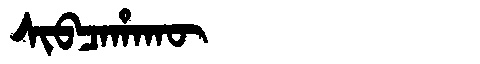
Manchu: ᠰᡳᠪᠴᠠᡥᠠᡴᡡ
Romanization: SIBCAHAKŪ